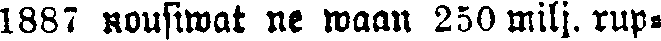
1887 nousiwat ne maan 250 milj. rup-